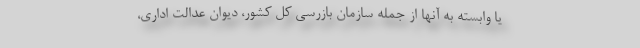
یا وابسته به آنها از جمله سازمان بازرسی کل کشور، دیوان عدالت اداری،